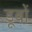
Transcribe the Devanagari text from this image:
डूबों